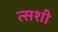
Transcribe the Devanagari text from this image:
त्सशी